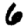
Digit: 6